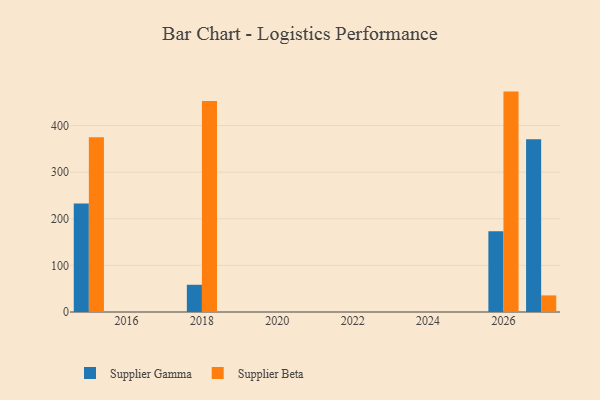
{"axis": {"x": "Year", "y": "Inventory Turnover"}, "legend": ["Supplier Beta", "Supplier Gamma"], "data": [{"x": "2026", "y": 173.3, "type": "Supplier Gamma"}, {"x": "2026", "y": 472.7, "type": "Supplier Beta"}, {"x": "2018", "y": 58.4, "type": "Supplier Gamma"}, {"x": "2018", "y": 452.3, "type": "Supplier Beta"}, {"x": "2027", "y": 370.5, "type": "Supplier Gamma"}, {"x": "2027", "y": 35.6, "type": "Supplier Beta"}, {"x": "2015", "y": 232.7, "type": "Supplier Gamma"}, {"x": "2015", "y": 374.8, "type": "Supplier Beta"}]}